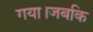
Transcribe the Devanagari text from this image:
गया।जबकि